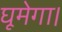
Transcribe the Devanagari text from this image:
घूमेगा।